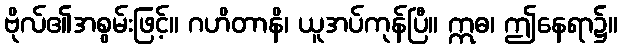
ဗိုလ်၏အစွမ်းဖြင့်။ ဂဟိတာနိ၊ ယူအပ်ကုန်ပြီ။ ဣဓ၊ ဤနေရာ၌။